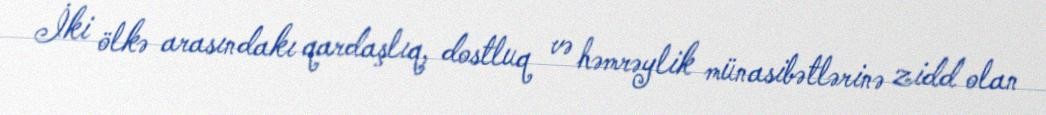
İki ölkə arasındakı qardaşlıq, dostluq və həmrəylik münasibətlərinə zidd olan